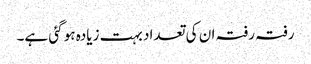
رفتہ رفتہ ان کی تعداد بہت زیادہ ہو گئی ہے۔